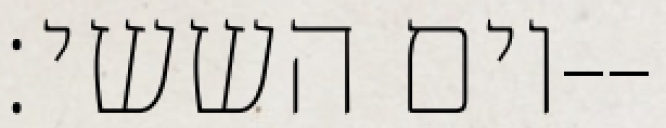
יום הששי׃--